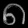
Digit: ၈